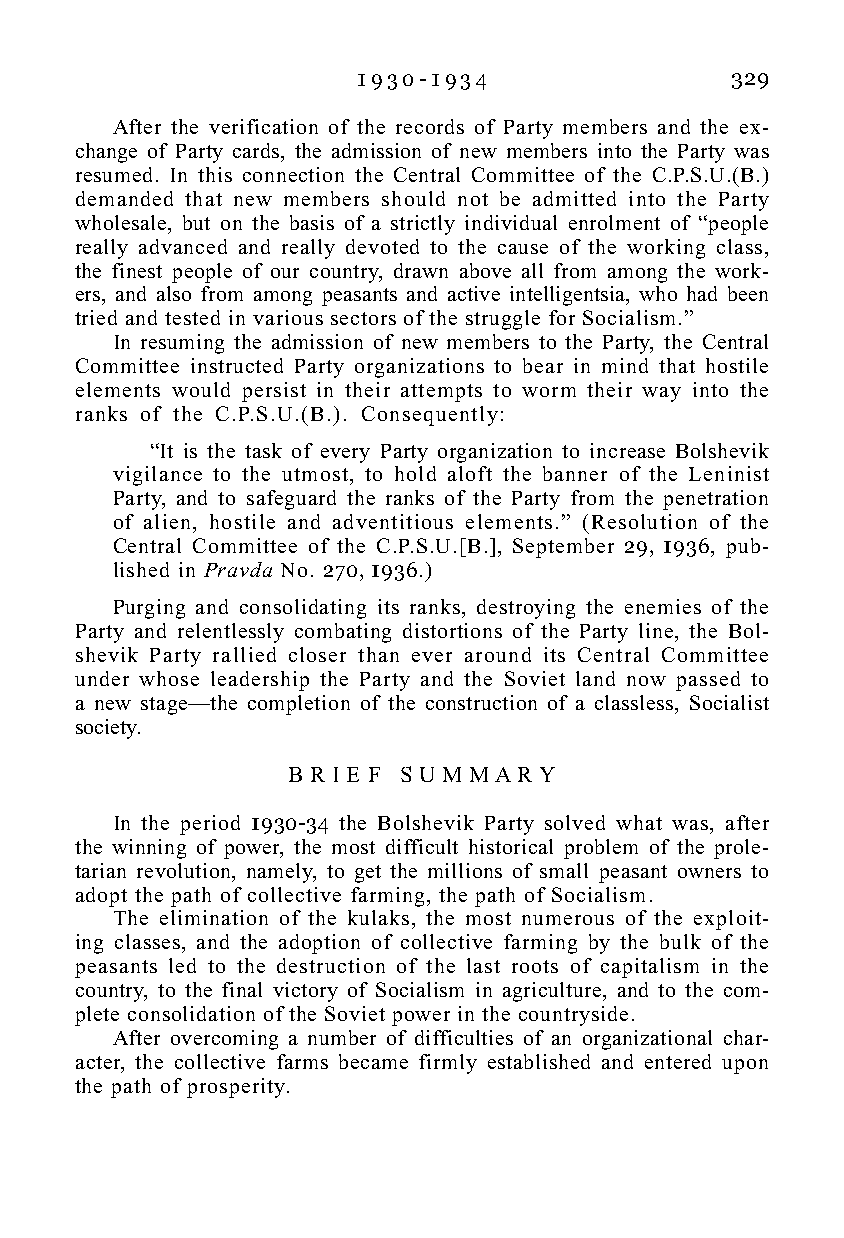
1 9 3 0 - 1 9 3 4       329
 After the verification of the records of Party members and the ex-
 change of Party cards, the admission of new members into the Party was
 resumed. In this connection the Central Committee of the C.P.S.U.(B.)
 demanded that new members should not be admitted into the Party
 wholesale, but on the basis of a strictly individual enrolment of “people
 really advanced and really devoted to the cause of the working class,
 the finest people of our country, drawn above all from among the work-
 ers, and also from among peasants and active intelligentsia, who had been
 tried and tested in various sectors of the struggle for Socialism.”
 In resuming the admission of new members to the Party, the Central
 Committee instructed Party organizations to bear in mind that hostile
 elements would persist in their attempts to worm their way into the
 ranks of the C.P.S.U.(B.). Consequently:
 “It is the task of every Party organization to increase Bolshevik
 vigilance to the utmost, to hold aloft the banner of the Leninist
 Party, and to safeguard the ranks of the Party from the penetration
 of alien, hostile and adventitious elements.” (Resolution of the
 Central Committee of the C.P.S.U.[B.], September 29, 1936, pub-
 lished in Pravda No. 270, 1936.)
 Purging and consolidating its ranks, destroying the enemies of the
 Party and relentlessly combating distortions of the Party line, the Bol-
 shevik Party rallied closer than ever around its Central Committee
 under whose leadership the Party and the Soviet land now passed to
 a new stage—the completion of the construction of a classless, Socialist
 society.
 B R I E F S U M M A R Y
 In the period 1930-34 the Bolshevik Party solved what was, after
 the winning of power, the most difficult historical problem of the prole-
 tarian revolution, namely, to get the millions of small peasant owners to
 adopt the path of collective farming, the path of Socialism.
 The elimination of the kulaks, the most numerous of the exploit-
 ing classes, and the adoption of collective farming by the bulk of the
 peasants led to the destruction of the last roots of capitalism in the
 country, to the final victory of Socialism in agriculture, and to the com-
 plete consolidation of the Soviet power in the countryside.
 After overcoming a number of difficulties of an organizational char-
 acter, the collective farms became firmly established and entered upon
 the path of prosperity.